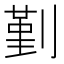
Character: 𠞱